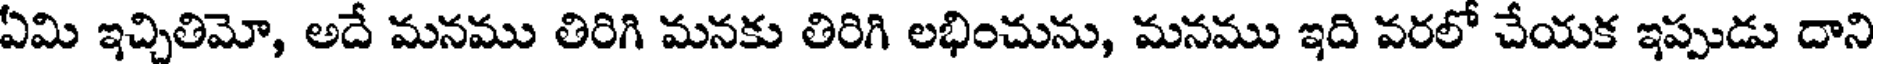
ఏమి ఇచ్చితిమో, అదే మనము తిరిగి మనకు తిరిగి లభించును, మనము ఇది వరలో చేయక ఇప్పుడు దాని